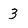
Character: 3